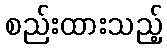
စည်းထားသည့်